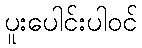
ပူးပေါင်းပါဝင်